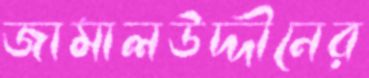
জামালউদ্দীনের